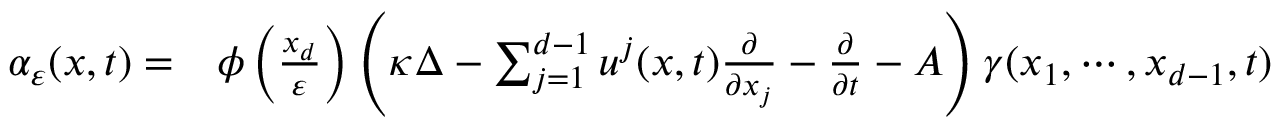
\begin{array} { r l } { \alpha _ { \varepsilon } ( x , t ) = } & { { } \phi \left( \frac { x _ { d } } { \varepsilon } \right) \left( \kappa \Delta - \sum _ { j = 1 } ^ { d - 1 } u ^ { j } ( x , t ) \frac { \partial } { \partial x _ { j } } - \frac { \partial } { \partial t } - A \right) \gamma ( x _ { 1 } , \cdots , x _ { d - 1 } , t ) } \end{array}